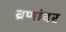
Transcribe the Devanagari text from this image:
व्रणांवर